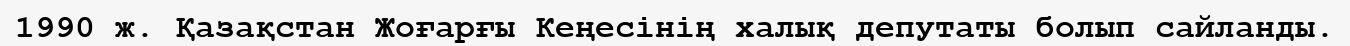
1990 ж. Қазақстан Жоғарғы Кеңесінің халық депутаты болып сайланды.